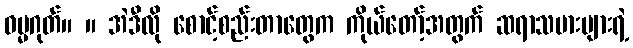
ဓမ္မဂုတ်။ ။ အဲဒီလို စောင့်စည်းတာတွေက ကိုယ်တော့်အတွက် ဆရာသမားများရဲ့